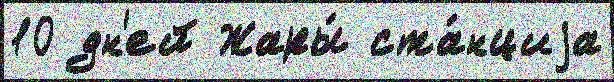
10 дн'ей Жары́ ста́нциjа